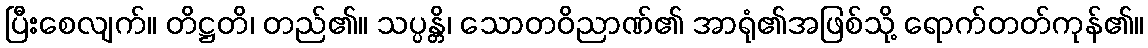
ပြီးစေလျက်။ တိဋ္ဌတိ၊ တည်၏။ သပ္ပန္တိ၊ သောတဝိညာဏ်၏ အာရုံ၏အဖြစ်သို့ ရောက်တတ်ကုန်၏။